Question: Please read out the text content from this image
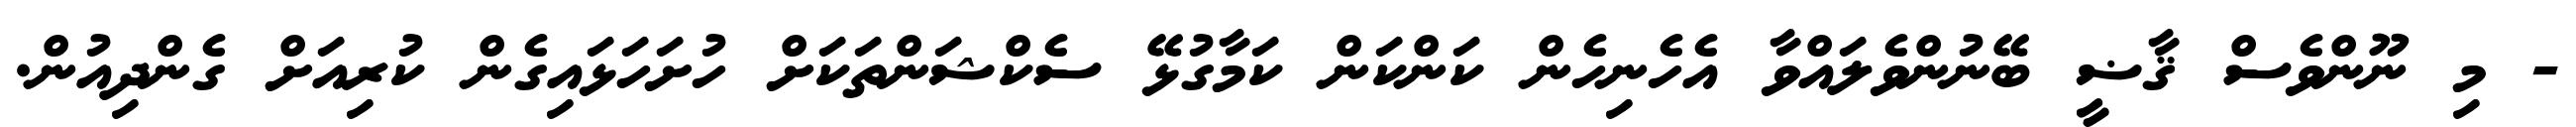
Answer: - މި ނޫންވެސް ޤާޟީ ބޭނުންވެލައްވާ އެހެނިހެން ކަންކަން ކަމާގުޅޭ ސެކްޝަންތަކަށް ހުށަހަޅައިގެން ކުރިއަށް ގެންދިއުން.